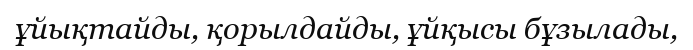
ұйықтайды, қорылдайды, ұйқысы бұзылады,